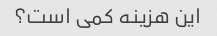
این هزینه کمی است؟